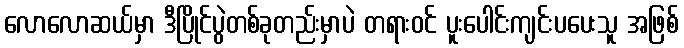
လောလောဆယ်မှာ ဒီပြိုင်ပွဲတစ်ခုတည်းမှာပဲ တရားဝင် ပူးပေါင်းကျင်းပပေးသူ အဖြစ်